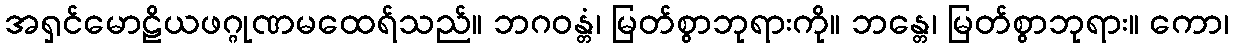
အရှင်မောဠိယဖဂ္ဂုဏမထေရ်သည်။ ဘဂဝန္တံ၊ မြတ်စွာဘုရားကို။ ဘန္တေ၊ မြတ်စွာဘုရား။ ကော၊